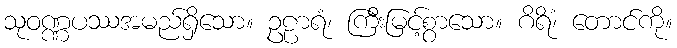
သုဝဏ္ဏပဿအမည်ရှိသော။ ဥဠာရံ၊ ကြီးမြင့်စွာသော။ ဂိရိံ၊ တောင်ကို။